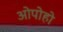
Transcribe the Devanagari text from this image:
ओपोहो